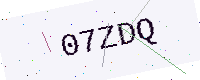
Text: 07ZDQ